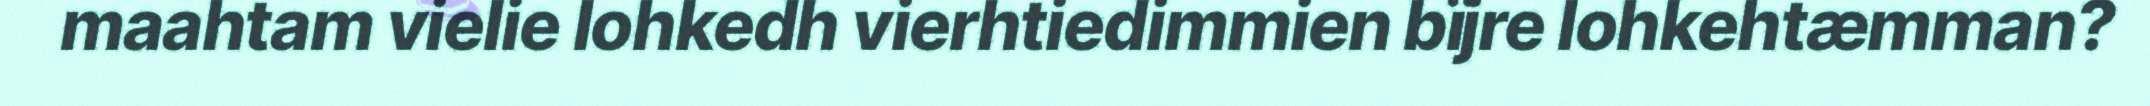
maahtam vielie lohkedh vierhtiedimmien bïjre lohkehtæmman?